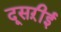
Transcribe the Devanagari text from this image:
दूसऱीई